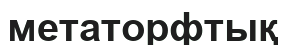
метаторфтық